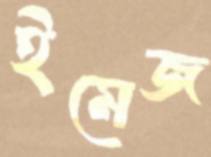
ইমেজ